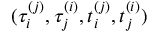
( \tau _ { i } ^ { ( j ) } , \tau _ { j } ^ { ( i ) } , t _ { i } ^ { ( j ) } , t _ { j } ^ { ( i ) } )